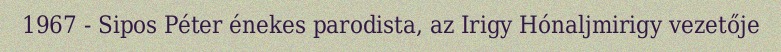
1967 - Sipos Péter énekes parodista, az Irigy Hónaljmirigy vezetője